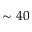
\sim 4 0